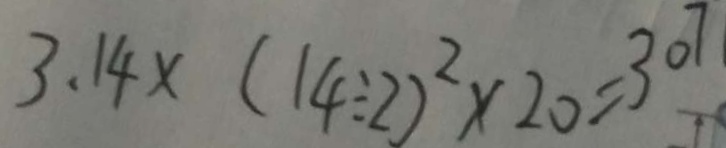
3 . 1 4 \times ( 1 4 \div 2 ) ^ { 2 } \times 2 0 = 3 0 7